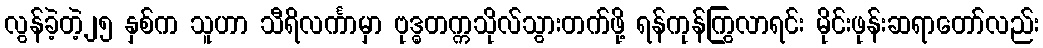
လွန်ခဲ့တဲ့၂၅ နှစ်က သူဟာ သီရိလင်္ကာမှာ ဗုဒ္ဓတက္ကသိုလ်သွားတက်ဖို့ ရန်ကုန်ကြွလာရင်း မိုင်းဖုန်းဆရာတော်လည်း